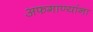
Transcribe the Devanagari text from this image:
अफगाण्यांना